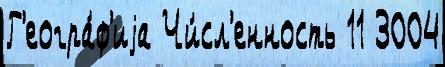
Г'еогра́ф'иjа Чи́сл'енность 11 3004